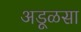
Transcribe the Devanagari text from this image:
अडूळसा